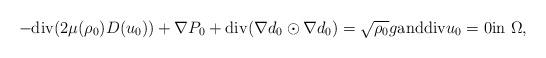
LaTeX: \begin{align*}-{\rm div}(2 \mu(\rho_0)D(u_0))+\nabla P_0+{\rm div}(\nabla d_0 \odot \nabla d_0)=\sqrt{\rho_0}g {\rm and} {\rm div}u_0=0 {\rm in}\ \Omega,\end{align*}